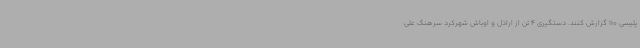
پلیسی 110 گزارش کنند. دستگیری 4 تن از اراذل و اوباش شهرکرد سرهنگ علی